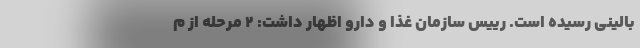
بالینی رسیده است. رییس سازمان غذا و دارو اظهار داشت: ۲ مرحله از م